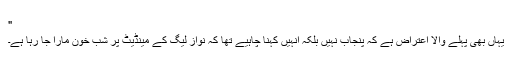
"
یہاں بھی پہلے والا اعتراض ہے کہ پنجاب نہیں بلکہ انہیں کہنا چاہیے تھا کہ نواز لیگ کے مینڈیٹ پر شب خون مارا جا رہا ہے۔